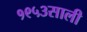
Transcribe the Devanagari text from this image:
१९५३साली